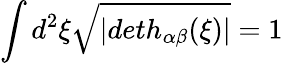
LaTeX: \int d^{2}\xi\sqrt{|deth_{\alpha\beta}(\xi)|}=1